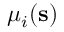
\mu _ { i } ( \mathbf { s } )